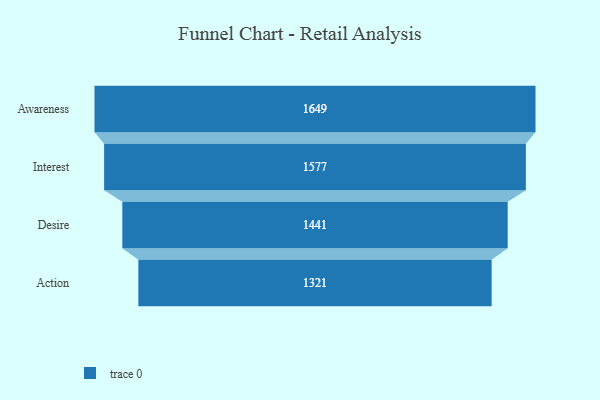
{"axis": {"x": "Stage", "y": "Value"}, "legend": [""], "data": [{"x": "Awareness", "y": 1649.0, "type": ""}, {"x": "Interest", "y": 1577.0, "type": ""}, {"x": "Desire", "y": 1441.0, "type": ""}, {"x": "Action", "y": 1321.0, "type": ""}]}